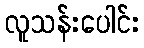
လူသန်းပေါင်း